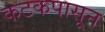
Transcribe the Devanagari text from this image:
कटकपासून